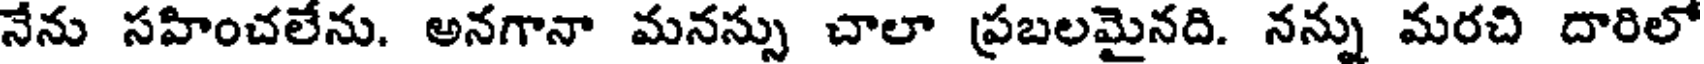
నేను సహించలేను. అనగానా మనస్సు చాలా ప్రబలమైనది. నన్ను మరచి దారిలో